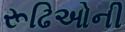
રૂઢિઓની